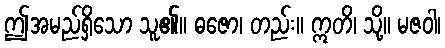
ဤအမည်ရှိသော သူ၏။ ဓဇော၊ တည်း။ ဣတိ၊ သို့။ မဇဝါ၊